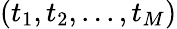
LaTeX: (t_{1},t_{2},...,t_{M})